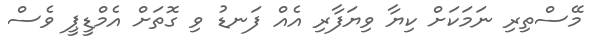
މޭސްތިރި ނަމަކަށް ކިޔާ ވިޔަފާރި އެއް ފަނޑު ވި ގޮތަށް އެމްޑީޕީ ވެސް